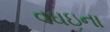
વઘઇના